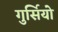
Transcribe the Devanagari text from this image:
गुर्सियो